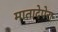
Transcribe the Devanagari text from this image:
मातादेपेरा